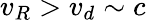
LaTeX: v_{R}>v_{d}\sim c